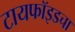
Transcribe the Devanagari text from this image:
टायफॉइडचा